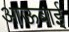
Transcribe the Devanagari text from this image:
आऊबाई